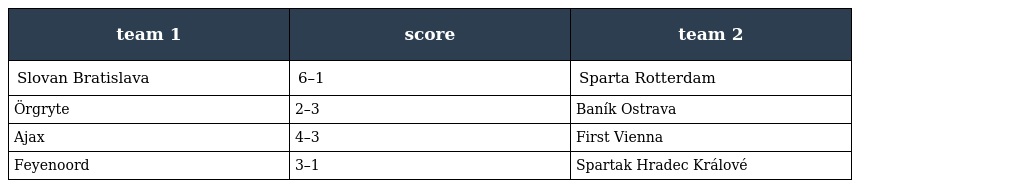
| team 1 | score | team 2 |
 | --- | --- | --- |
 | Slovan Bratislava | 6–1 | Sparta Rotterdam |
 | Örgryte | 2–3 | Baník Ostrava |
 | Ajax | 4–3 | First Vienna |
 | Feyenoord | 3–1 | Spartak Hradec Králové |